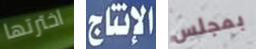
اخترتها الإنتاج بمجلس